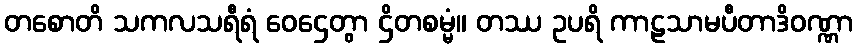
တစောတိ သကလသရီရံ ဝေဌေတွာ ဌိတစမ္မံ။ တဿ ဥပရိ ကာဠသာမပီတာဒိဝဏ္ဏာ